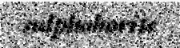
sulphoborite